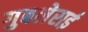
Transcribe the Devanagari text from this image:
गुबलेराई